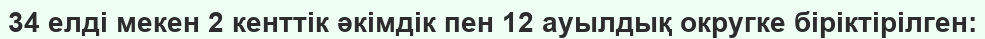
34 елді мекен 2 кенттік әкімдік пен 12 ауылдық округке біріктірілген: